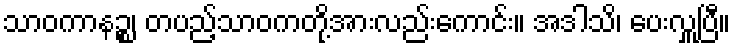
သာဝကာနဉ္စ၊ တပည့်သာဝကတို့အားလည်းကောင်း။ အဒါသိ၊ ပေးလှူပြီ။